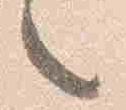
言